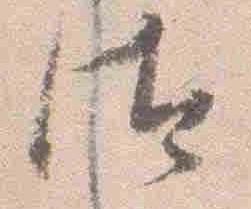
汰